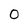
Character: 0